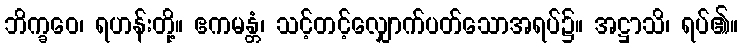
ဘိက္ခဝေ၊ ရဟန်းတို့။ ဧကမန္တံ၊ သင့်တင့်လျှောက်ပတ်သောအရပ်၌။ အဋ္ဌာသိ၊ ရပ်၏။